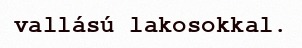
vallású lakosokkal.